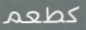
كطعم